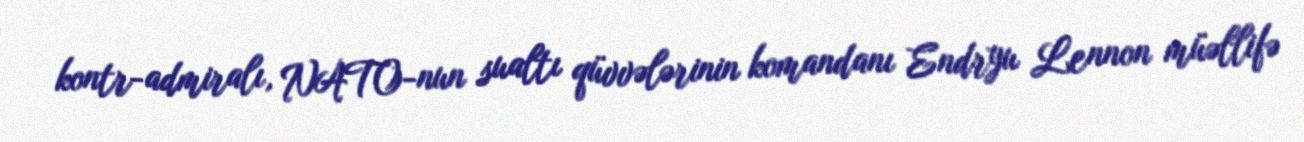
kontr-admiralı, NATO-nun sualtı qüvvələrinin komandanı Endryu Lennon müəllifə